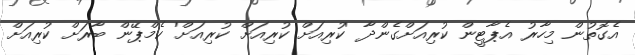
އެގޮތުން މިހާރު އެޕާޓީން ކުރިއަށްގެންދާ 'ކުރިއަށް ކުރިއަށް ކުރިއަށް' ކެމްޕޭން ބާރަށް ކުރިއަށް